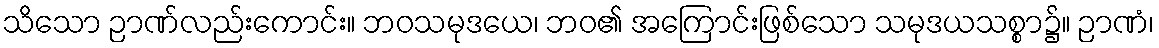
သိသော ဉာဏ်လည်းကောင်း။ ဘဝသမုဒယေ၊ ဘဝ၏ အကြောင်းဖြစ်သော သမုဒယသစ္စာ၌။ ဉာဏံ၊